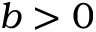
b > 0